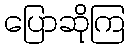
ပြောဆိုကြ